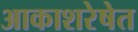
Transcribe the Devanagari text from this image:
आकाशरेषेत